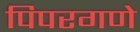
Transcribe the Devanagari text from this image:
पिपरगणे